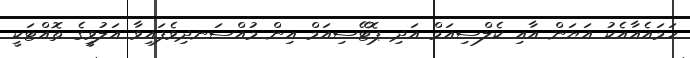
ހަމައެއާއެކު އަޔަން އާއި ކެލްސިއަމް އަދި ޕޮޓޭސިއަމް އިން މުއްސަނދިވެފައިވާ އަލުވީގެ ތޮއްޓަކީ